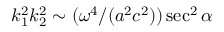
k _ { 1 } ^ { 2 } k _ { 2 } ^ { 2 } \sim ( \omega ^ { 4 } / ( a ^ { 2 } c ^ { 2 } ) ) \sec ^ { 2 } \alpha